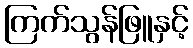
ကြက်သွန်ဖြူနှင့်